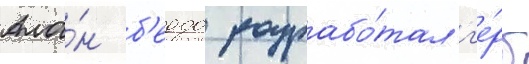
Ала́н б'еддо разрабо́тал г'е́рб